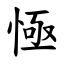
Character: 㥛